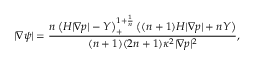
| \nabla \psi | = \frac { \displaystyle { n \left( H | \nabla p | - Y \right) _ { + } ^ { 1 + \frac { 1 } { n } } \left( ( n + 1 ) H | \nabla p | + n Y \right) } } { ( n + 1 ) ( 2 n + 1 ) \kappa ^ { 2 } | \nabla p | ^ { 2 } } ,